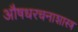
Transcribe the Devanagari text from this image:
औषधरचनाशास्त्र